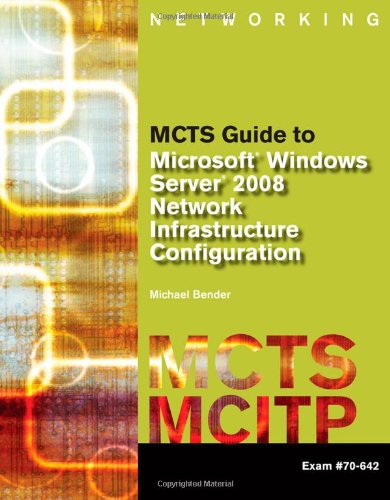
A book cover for MCTS Guide to Microsoft Windows Server 2008 Network Infrastructure Configuration (exam #70-642) (Test Preparation); Michael Bender; Computers & Technology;